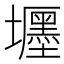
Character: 壥